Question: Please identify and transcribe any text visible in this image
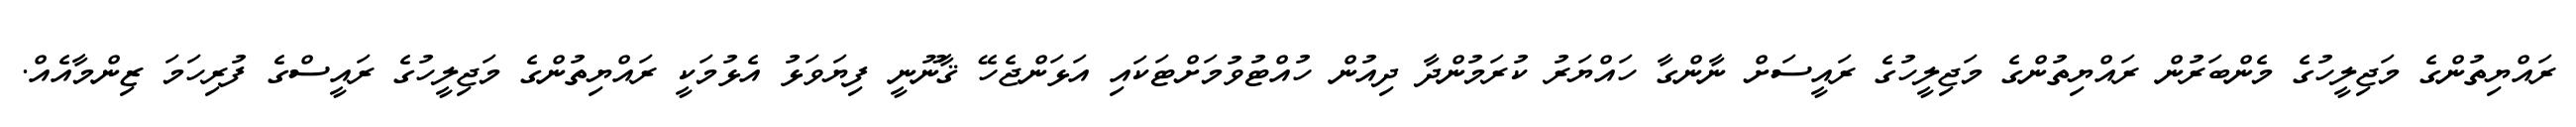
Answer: ރައްޔިތުންގެ މަޖިލީހުގެ މެންބަރުން ރައްޔިތުންގެ މަޖިލީހުގެ ރައީސަށް ނާންގާ ހައްޔަރު ކުރަމުންދާ ދިއުން ހުއްޓުވުމަށްޓަކައި އަޅަންޖެހޭ ޤާނޫނީ ފިޔަވަޅު އެޅުމަކީ ރައްޔިތުންގެ މަޖިލީހުގެ ރައީސްގެ ފުރިހަމަ ޒިންމާއެއް.